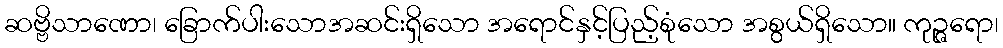
ဆဗ္ဗိသာဏော၊ ခြောက်ပါးသောအဆင်းရှိသော အရောင်နှင့်ပြည့်စုံသော အစွယ်ရှိသော။ ကုဉ္ဇရော၊